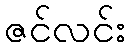
ဇင်လင်း